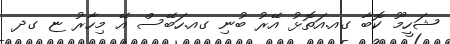
ޝަހީމޫ ކޮބާ ގއ.އަތޮޅު އޭރު ބުނި ގއ.ހަބޭސް އޭ މިހާރު ޏ ގދ